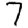
Digit: 7